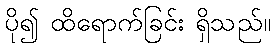
ပို၍ ထိရောက်ခြင်း ရှိသည်။